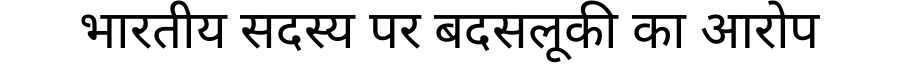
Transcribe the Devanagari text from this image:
भारतीय सदस्य पर बदसलूकी का आरोप